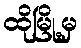
ထိုမြို့မှ